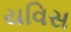
યવિસ